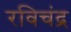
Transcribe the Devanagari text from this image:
रविचंद्र